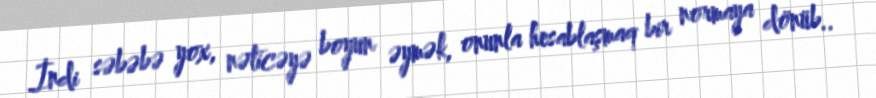
İndi səbəbə yox, nəticəyə boyun əymək, onunla hesablaşmaq bir normaya dönüb..